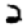
Digit: 2